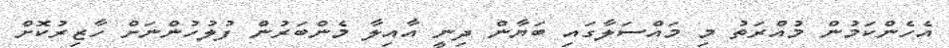
އެހެންކަމުން މުއްރަތު މި މައްސަލާގައި ބަޔާން ދިނީ އާއިލާ މެންބަރުން ފުލުހުންނަށް ހާޒިރުކޮށް